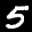
Label: 5